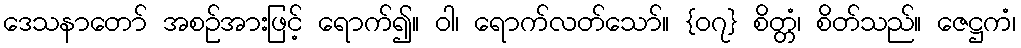
ဒေသနာတော် အစဉ်အားဖြင့် ရောက်၍။ ဝါ၊ ရောက်လတ်သော်။ {၀၇} စိတ္တံ၊ စိတ်သည်။ ဇေဋ္ဌကံ၊